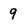
Character: 9